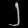
Digit: ၂